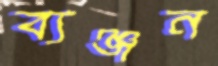
ব্যঞ্জন